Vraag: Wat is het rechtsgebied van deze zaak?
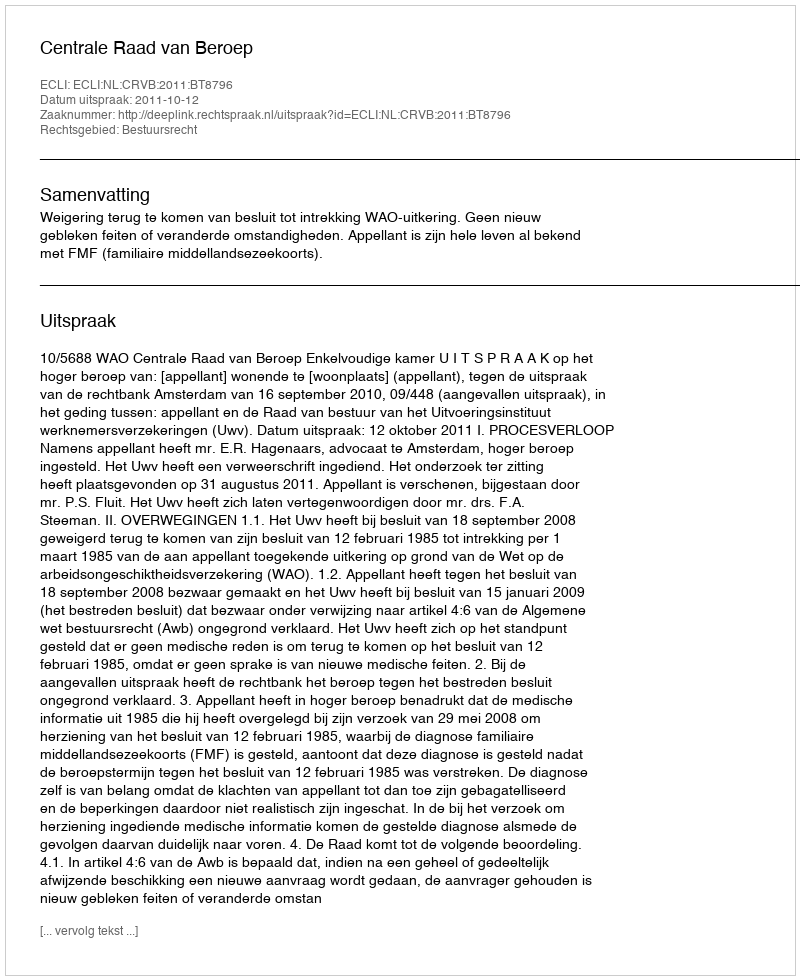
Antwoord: Bestuursrecht